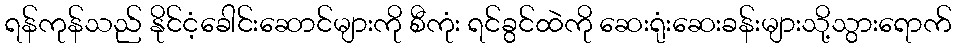
ရန်ကုန်သည် နိုင်ငံ့ခေါင်းဆောင်များကို စီကုံး ရင်ခွင်ထဲကို ဆေးရုံးဆေးခန်းများသို့သွားရောက်